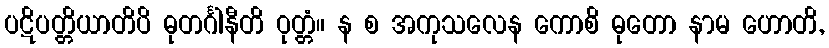
ပဋိပတ္တိယာတိပိ ဓုတင်္ဂါနီတိ ဝုတ္တံ။ န စ အကုသလေန ကောစိ ဓုတော နာမ ဟောတိ,